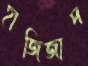
হাজিজাদ